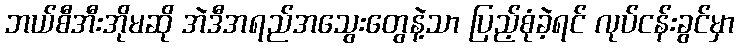
ဘယ်စီအီးအိုမဆို အဲဒီအရည်အသွေးတွေနဲ့သာ ပြည့်စုံခဲ့ရင် လုပ်ငန်းခွင်မှာ